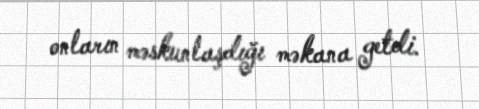
onların məskunlaşdığı məkana getdi.